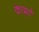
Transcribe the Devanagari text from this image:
कार्मां